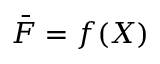
\bar { F } = f ( X )